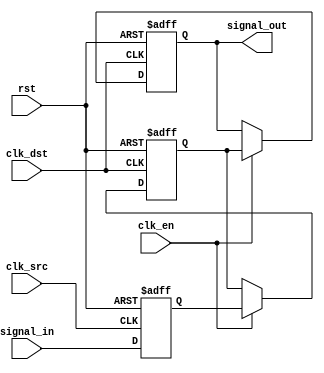
module signal_crossing_synchronizer #(
    parameter N_STAGES = 2       // Configure the number of stages (2 or 3)
)(
    input wire          clk_src,   // Source clock
    input wire          clk_dst,   // Destination clock
    input wire          rst,       // Asynchronous reset
    input wire          clk_en,     // Clock enable (optional)
    input wire          signal_in,  // Input signal from source clock domain
    output reg         signal_out   // Synchronized output signal to destination clock domain
);

    // Create a register array to hold the intermediate values
    reg [N_STAGES-1:0] sync_reg;

    // Sequential logic for the synchronizer
    always @(posedge clk_src or posedge rst) begin
        if (rst) begin
            // If reset is high, initialize sync_reg[0]
            sync_reg[0] <= 1'b0;
        end else begin
            // Capture the input signal on the source clock edge
            sync_reg[0] <= signal_in;
        end
    end

    // Intermediate stages for synchronization (1 or 2 stages)
    genvar i;
    generate
        for (i = 1; i < N_STAGES; i = i + 1) begin: sync_chain
            always @(posedge clk_dst or posedge rst) begin
                if (rst) begin
                    sync_reg[i] <= 1'b0;
                end else if (clk_en) begin
                    sync_reg[i] <= sync_reg[i-1];
                end
            end
        end
    endgenerate

    // Output logic
    always @(posedge clk_dst or posedge rst) begin
        if (rst) begin
            signal_out <= 1'b0;
        end else if (clk_en) begin
            signal_out <= sync_reg[N_STAGES-1];
        end
    end

endmodule